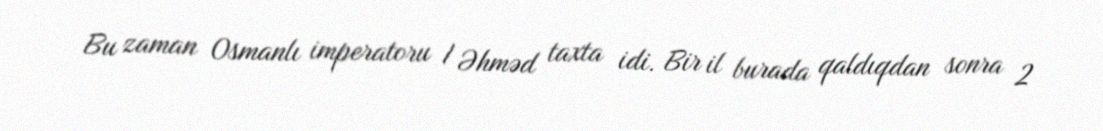
Bu zaman Osmanlı imperatoru I Əhməd taxta idi. Bir il burada qaldıqdan sonra 2